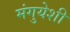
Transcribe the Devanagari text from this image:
मंगुयेशी